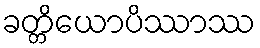
ခတ္တိယောပိဿာဿ